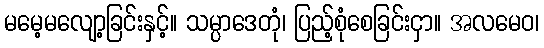
မမေ့မလျော့ခြင်းနှင့်။ သမ္ပာဒေတုံ၊ ပြည့်စုံစေခြင်းငှာ။ အလမေဝ၊